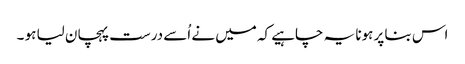
اس بنا پر ہونا یہ چاہیے کہ میں نے اُسے درست پہچان لیا ہو ۔